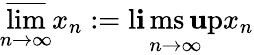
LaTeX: \varlimsup_{n\to\infty}x_{n}:=\operatorname*{l\mathbf{i}ms\mathbf{u}p}_{n\to\infty}x_{n}